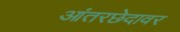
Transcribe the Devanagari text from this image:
आंतरछेदावर